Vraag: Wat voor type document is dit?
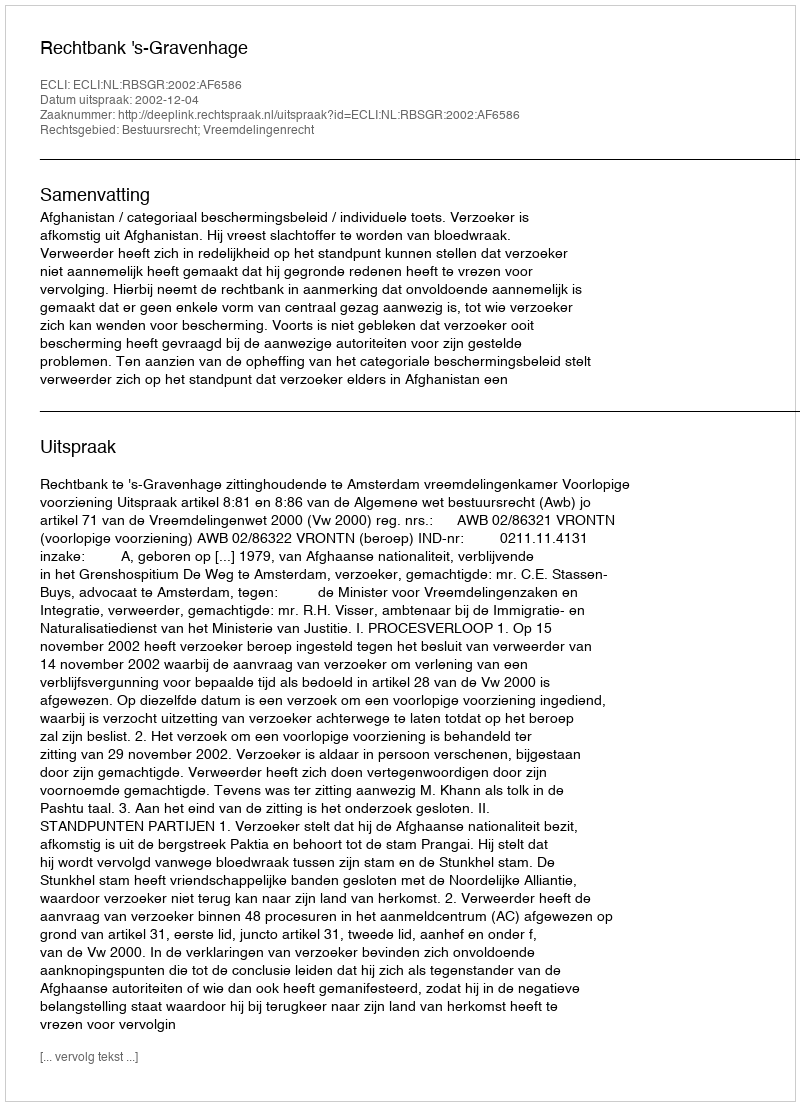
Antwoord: Uitspraak